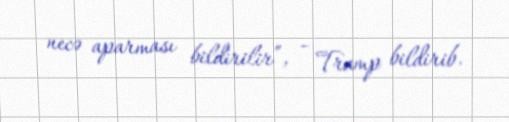
necə aparması bildirilir”, - Tramp bildirib.